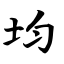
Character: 均